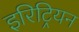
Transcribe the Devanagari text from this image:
इरिट्रियन